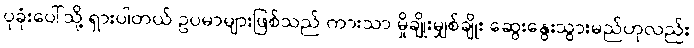
ပုခုံးပေါ်သို့ ရှားပါတယ် ဥပမာများဖြစ်သည် ကားသာ မှိုချိုးမျှစ်ချိုး ဆွေးနွေးသွားမည်ဟုလည်း